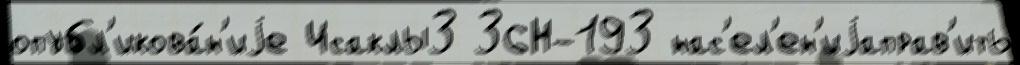
опубл'икова́н'иjе Исаклы3 36Н-193 нас'ел'ен'иjаправ'ить